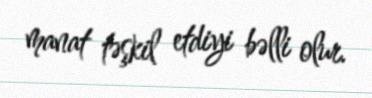
manat təşkil etdiyi bəlli olur.